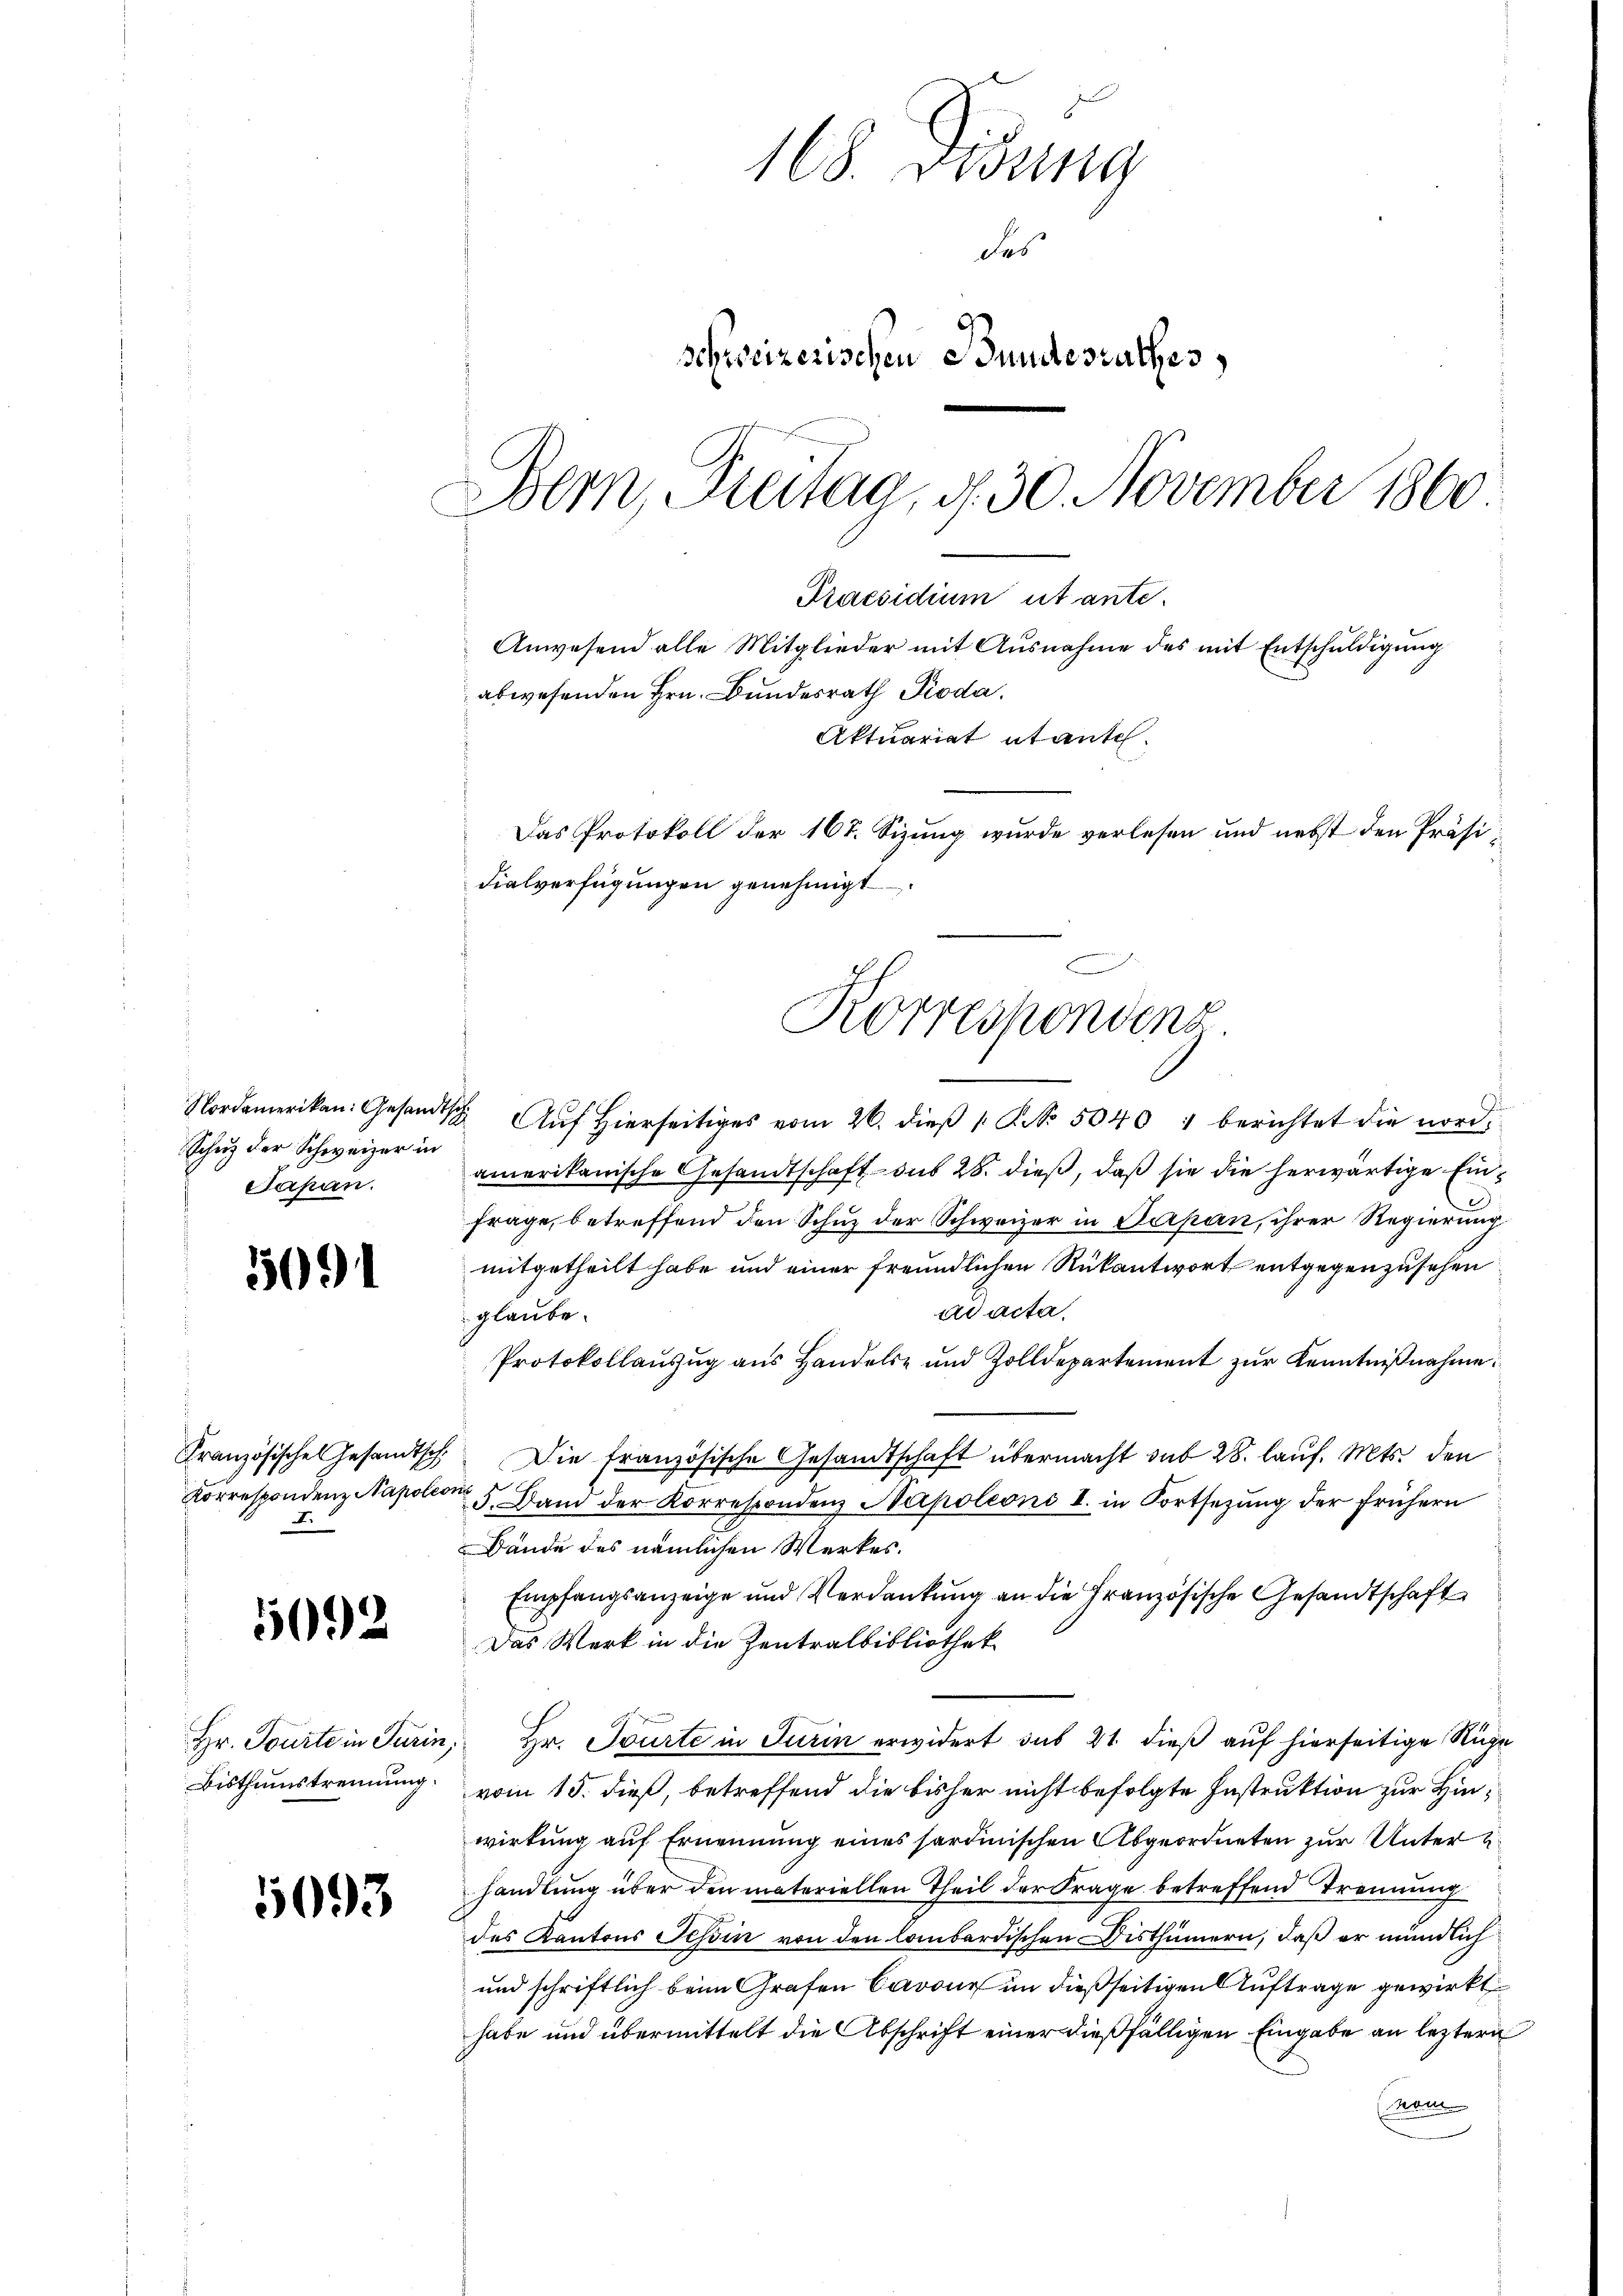
Schuz der Schweizer in
Japan.

118. Didung
das
schweizerischen Bundesrathes
Bern, Freitag, d. 30. November 1860.
Praesidium ut ante-
Anwesend alle Mitglieder mit Ausnahme des mit Entschuldigung
abwesenden Hrn. Bundesrath Pioda,
Aktuariat etante.
Das Protokoll der 167. Sizung wurde verlesen und nebst den Präsi¬

5091

5092

Bisthumstrennung.

5093

dialverfügungen genehmigt
Korrespondens.
Nordamerikan: Gesandtsch Auf hierseitiges vom 26. dieβ 1. No. 50401 berichtet die nord¬

amerikanische Gesandtschaft aus 28. dieß, daß sie die herwärtige Einfrage, betreffend den Schuz der Schweizer in Serpan, ihrer Regierung
mitgetheilt habe und einer freundlichen Rükantwort entgegenzusehen
ad acta.
glaube.
Protokollaŭszŭg ans Handels- und Zolldepartement zŭr Kenntniβnahme:
Französische Gesamtsch. Die französische Gesandtschaft übermacht sub 28. lauf. Mts. den
Korrespondenz Napoleon 5. Band der Korrespondenz Napoleons I. in Fortsetzung der frühern
Bände des nämlichen Werkes.
Empfangsanzeige und Verdankung an die Französische Gesandtschaft
Das Werk in die Zentralbibliothek
Hr. Tourte in Turin, Hr. Tourte in Turin erwidert sub 21. dieß auf hierseitige Rüge
vom 15. dieß, betreffend die bisher nicht befolgte Instruktion zur Hinwirkung auf Ernennung eines sardinischen Abgeordneten zur Unter z
handlung über den materiellen Theil der Frage betreffend Trennung
des Kantons Tessin von den lombardischen Disthümern, daß er mündlich
und schriftlich beim Grafen Cavour im dießseitigen Auftrage gewirkt
habe und übermittelt die Abschrift einer dießfälligen Eingabe an leztern
kam